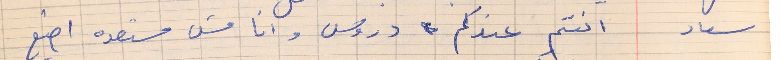
سعاد    انتم عندكم دروس وانا مش مستعده اضيع